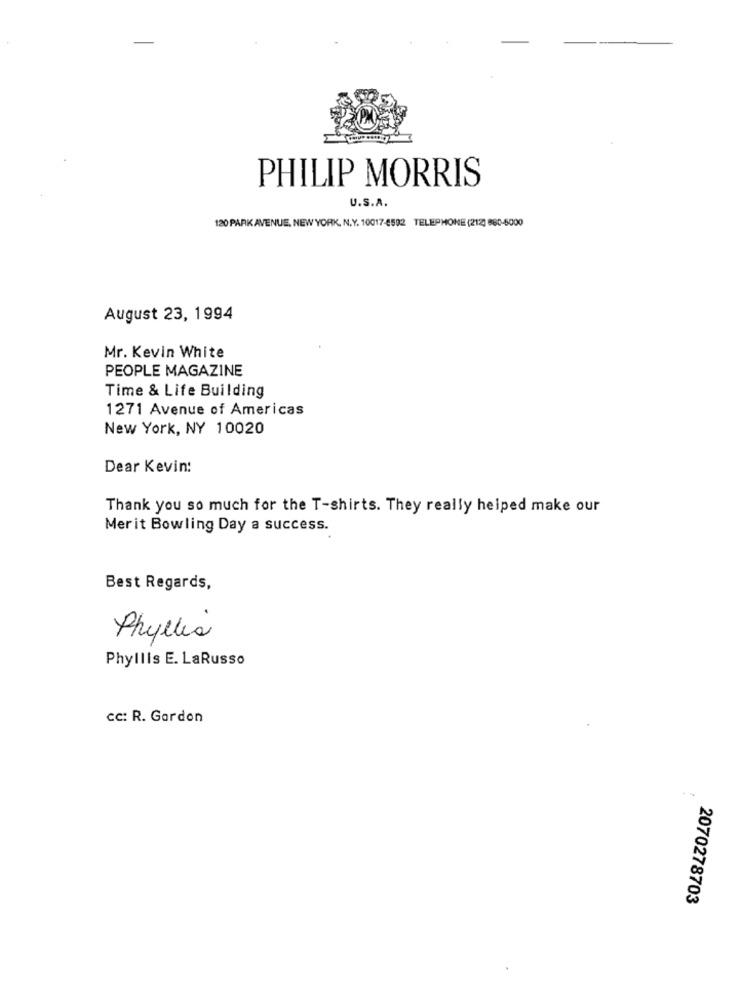
PHILIP MORRIS
U.S.A.
120 PARK AVENUE, NEW YORK, N.Y. 10017-8592 TELEPHONE (212] 880-5000
August 23, 1994
Mr. Kevin White
PEOPLE MAGAZINE
Time & Life Building
1271 Avenue of Americas
New York, NY 10020
Dear Kevin:
Thank you so much for the T-shirts. They really helped make our
Merit Bowling Day a success.
Best Regards,
Phyllis
Phyllis E. LaRusso
cc: R. Gardon
2070278703